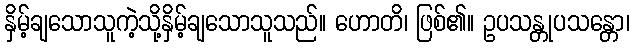
နှိမ့်ချသောသူကဲ့သို့နှိမ့်ချသောသူသည်။ ဟောတိ၊ ဖြစ်၏။ ဥပသန္တုပသန္တော၊